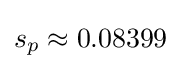
s_{p}\approx 0.08399